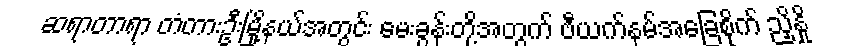
ဆရာတာရာ တံတားဦးမြို့နယ်အတွင်း မေးခွန်းတို့အတွက် ဗီယက်နမ်အခြေစိုက် ညှိနှို